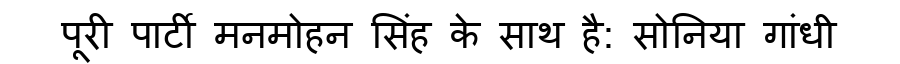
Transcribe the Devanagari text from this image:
पूरी पार्टी मनमोहन सिंह के साथ है: सोनिया गांधी